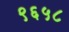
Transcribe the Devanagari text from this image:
९६५८